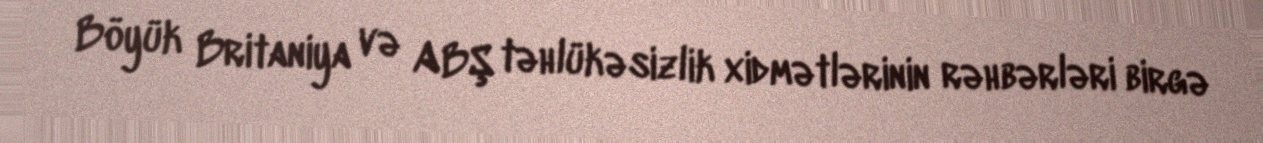
Böyük Britaniya və ABŞ təhlükəsizlik xidmətlərinin rəhbərləri birgə